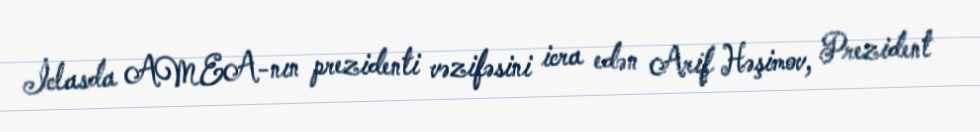
İclasda AMEA-nın prezidenti vəzifəsini icra edən Arif Həşimov, Prezident